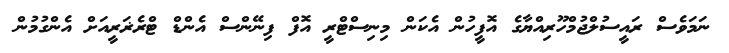
ނަމަވެސް ރައީސުލްޖުމްހޫރިއްޔާގެ އޮފީހުން އެކަން މިނިސްޓްރީ އޮފް ފިނޭންސް އެންޑް ޓްރެޜަރީއަށް އެންގުމުން